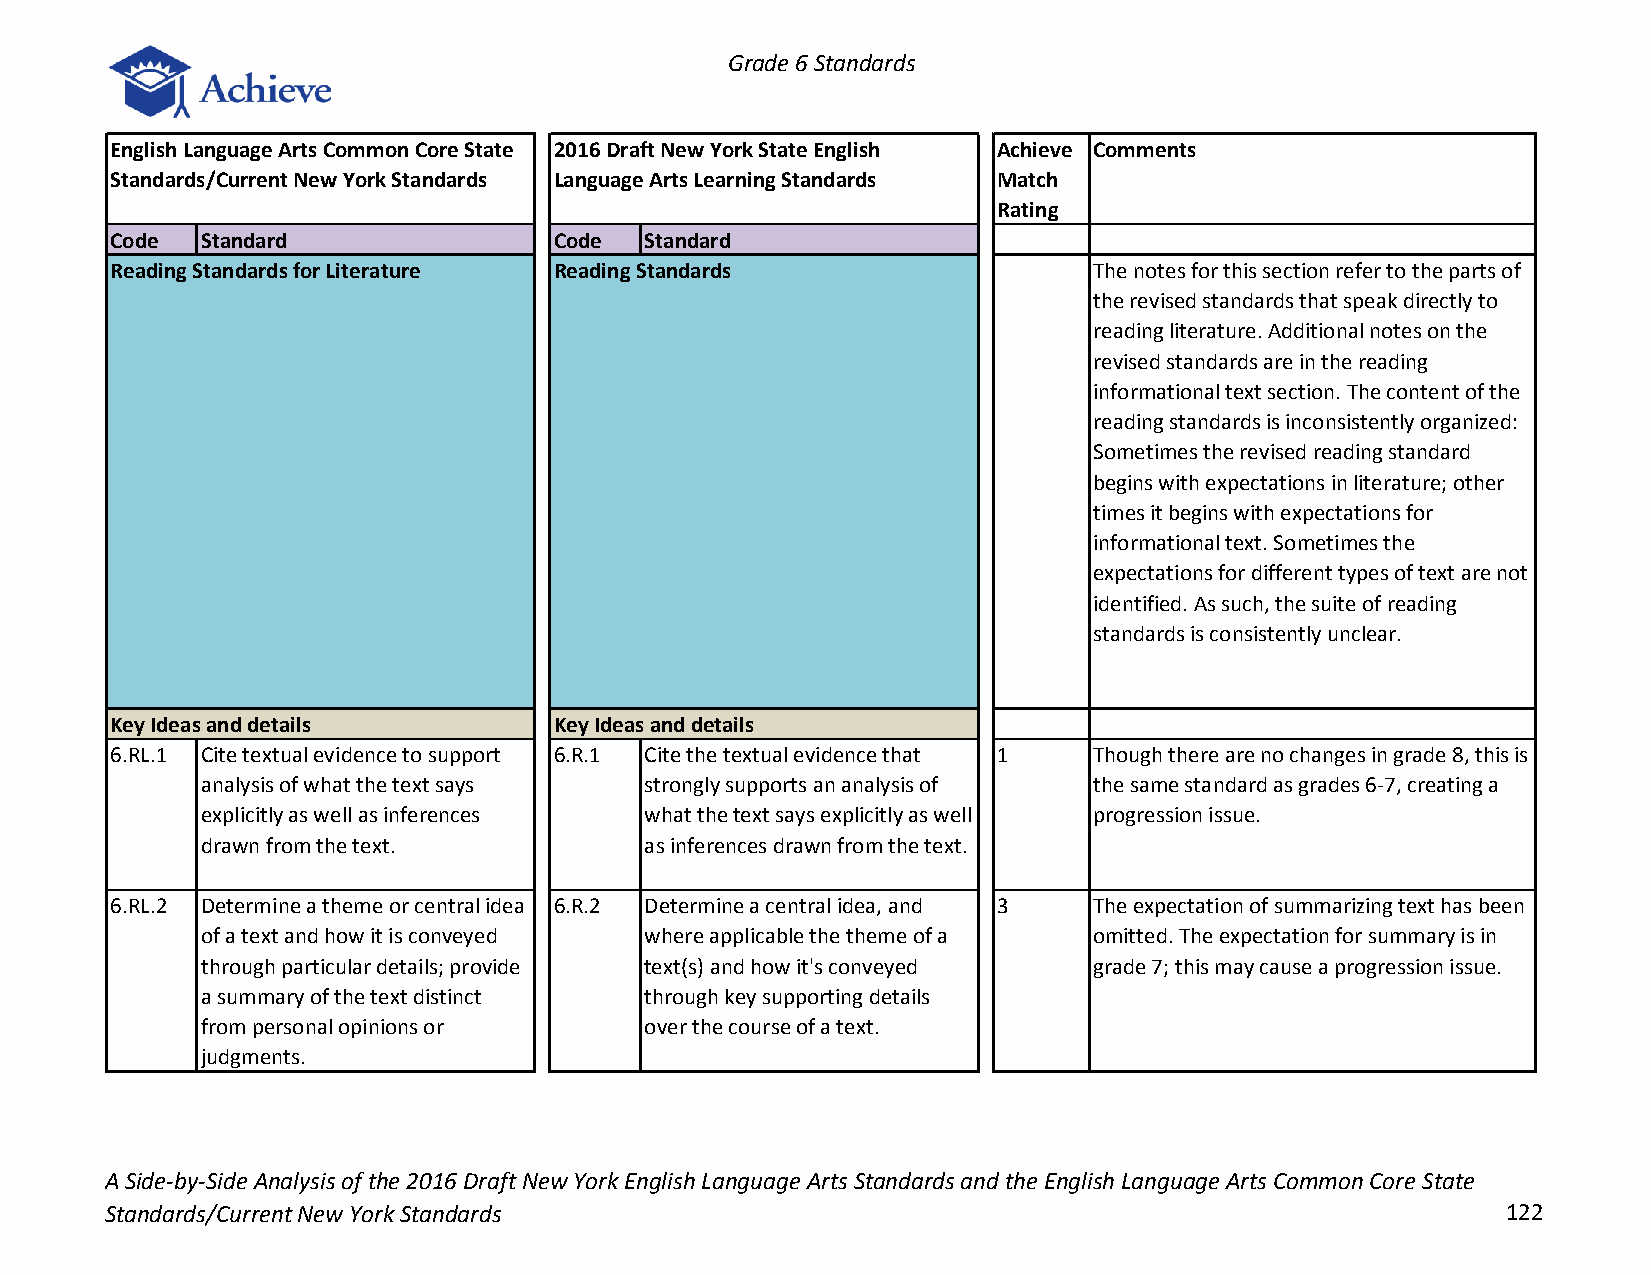
Grade 6 Standards
 English Language Arts Common Core State 2016 Draft New York State English Achieve Comments
 Standards/Current New York Standards Language Arts Learning Standards Match
 Rating
 Code  Standard                Code  Standard
 Reading Standards for Literature Reading Standards               The notes for this section refer to the parts of
 the revised standards that speak directly to
 reading literature. Additional notes on the
 revised standards are in the reading
 informational text section. The content of the
 reading standards is inconsistently organized:
 Sometimes the revised reading standard
 begins with expectations in literature; other
 times it begins with expectations for
 informational text. Sometimes the
 expectations for different types of text are not
 identified. As such, the suite of reading
 standards is consistently unclear.
 Key Ideas and details         Key Ideas and details
 6.RL.1 Cite textual evidence to support 6.R.1 Cite the textual evidence that 1 Though there are no changes in grade 8, this is
 analysis of what the text says strongly supports an analysis of the same standard as grades 6-7, creating a
 explicitly as well as inferences what the text says explicitly as well progression issue.
 drawn from the text.          as inferences drawn from the text.
 6.RL.2 Determine a theme or central idea 6.R.2 Determine a central idea, and 3 The expectation of summarizing text has been
 of a text and how it is conveyed where applicable the theme of a omitted. The expectation for summary is in
 through particular details; provide text(s) and how it's conveyed grade 7; this may cause a progression issue.
 a summary of the text distinct through key supporting details
 from personal opinions or     over the course of a text.
 judgments.
 A Side-by-Side Analysis of the 2016 Draft New York English Language Arts Standards and the English Language Arts Common Core State
 Standards/Current New York Standards                                                         122